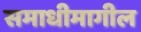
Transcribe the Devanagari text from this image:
समाधीमागील